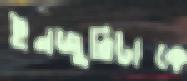
ইনজুরিটাকে